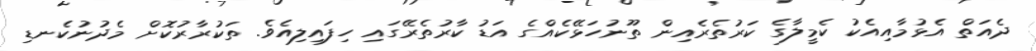
ދެއަތް އެޅުމާއިއެކު ކެމީލާގެ ކަރުތެރެއިން ތޫނުހަޅޭކެއްގެ އަޑު ކާރުތެރޭގައި ހިފައިލިއެވެ. ތަކުރާރުކޮށް މެދުނުކެނޑި